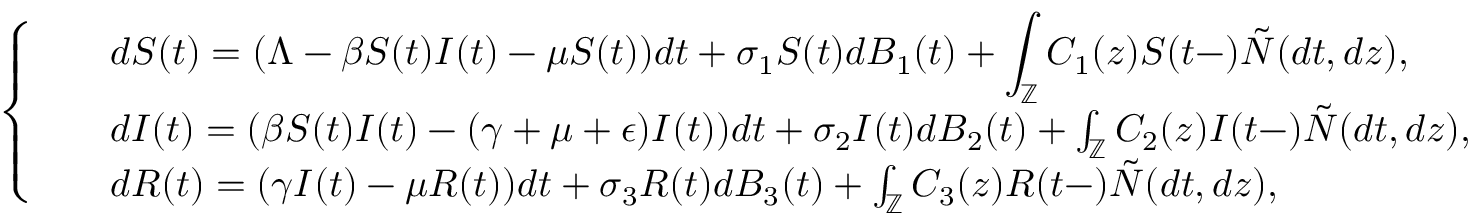
\left\{ \begin{array} { l l } { \begin{array} { r l } & { \displaystyle { d S ( t ) } = ( \Lambda - \beta S ( t ) I ( t ) - \mu S ( t ) ) d t + \sigma _ { 1 } S ( t ) d B _ { 1 } ( t ) + \int _ { \mathbb { Z } } C _ { 1 } ( z ) S ( t - ) \tilde { N } ( d t , d z ) , } \\ & { { d I ( t ) } = ( \beta S ( t ) I ( t ) - ( \gamma + \mu + \epsilon ) I ( t ) ) d t + \sigma _ { 2 } I ( t ) d B _ { 2 } ( t ) + \int _ { \mathbb { Z } } C _ { 2 } ( z ) I ( t - ) \tilde { N } ( d t , d z ) , } \\ & { { d R ( t ) } = ( \gamma I ( t ) - \mu R ( t ) ) d t + \sigma _ { 3 } R ( t ) d B _ { 3 } ( t ) + \int _ { \mathbb { Z } } C _ { 3 } ( z ) R ( t - ) \tilde { N } ( d t , d z ) , } \end{array} } \end{array} \right.